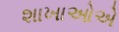
શાખાઓએ